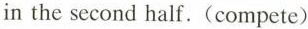
in the second half. (compete)